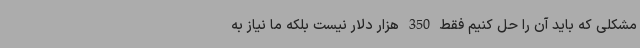
مشکلی که باید آن را حل کنیم فقط 350 هزار دلار نیست بلکه ما نیاز به